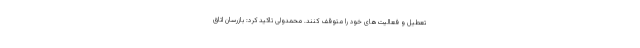
تعطیل و فعالیت‌های خود را متوقف کنند. محمدولی تاکید کرد: بازرسان اتاق